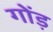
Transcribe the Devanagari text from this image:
गोंड़